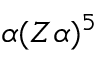
\alpha ( Z \alpha ) ^ { 5 }